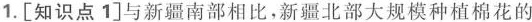
1.[知识点1]与新疆南部相比，新疆北部大规模种植棉花的